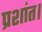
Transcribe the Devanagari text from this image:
प्रशांत।